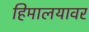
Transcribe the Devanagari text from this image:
हिमालयावर